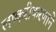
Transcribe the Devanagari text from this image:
लष्करीकरणाने